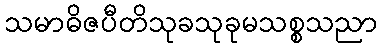
သမာဓိဇပီတိသုခသုခုမသစ္စသညာ